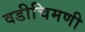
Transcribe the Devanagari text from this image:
वडीचिमणी